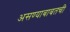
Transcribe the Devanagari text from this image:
असण्याबाबतची